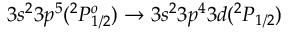
3 s ^ { 2 } 3 p ^ { 5 } ( ^ { 2 } P _ { 1 / 2 } ^ { o } ) \rightarrow 3 s ^ { 2 } 3 p ^ { 4 } 3 d ( ^ { 2 } P _ { 1 / 2 } )